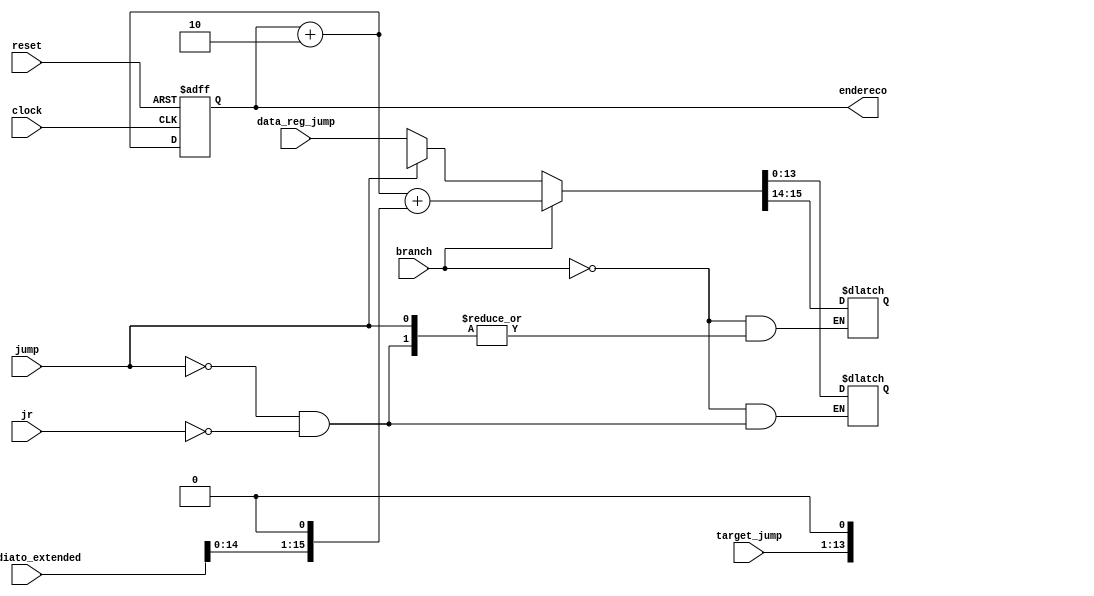
module contador_programa (
    input clock, reset, branch, jump, jr, 
    input [15:0] data_reg_jump, 
    input [12:0] target_jump, 
    input [15:0] immediato_extended,
    output [15:0] endereco
);
    /* Controla o contador de programa (PC) */

    wire [15:0] prox_pc;    /* Armazena o o proximo endereco do PC (real) */
    reg [15:0] pc2;         /* E altera conforme a instrucao para determinar o prox_pc */
    reg [15:0] pc;          /* Valor atual do PC */

    always @(negedge clock or posedge reset) begin
        if (reset)
            pc <= 16'b0;
        else begin
            pc <= prox_pc;
        end
    end

    always @(pc) begin
        /* Valor padrao de incremento do PC */
        pc2 <= pc + 16'b10;
    end

    always @(branch or jump or jr) begin
        /* Altera o valor do PC para instrucoes especificas */
        if (branch) 
            pc2 <= pc2 + {immediato_extended[14:0], 1'b0};
        else if (jump)
            pc2 <= {pc2[15:14], {target_jump, 1'b0}};
        else if (jr)
            pc2 <= data_reg_jump;
    end

    assign prox_pc = pc2;
    assign endereco = pc;
    
endmodule